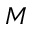
\boldsymbol { M }